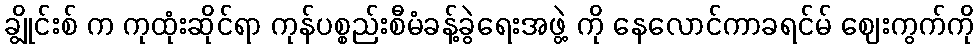
ချွိုင်းစ် က ကုထုံးဆိုင်ရာ ကုန်ပစ္စည်းစီမံခန့်ခွဲရေးအဖွဲ့ ကို နေလောင်ကာခရင်မ် ဈေးကွက်ကို